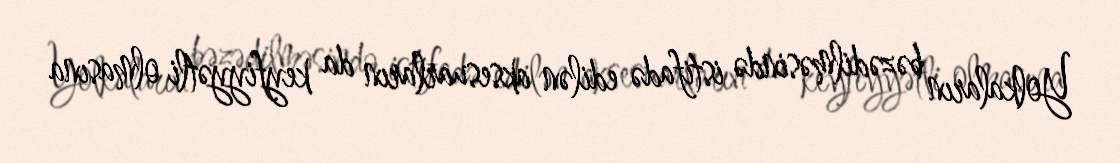
Yolkaların bəzədilməsində istifadə edilən aksesuarların da keyfiyyətli olmasına